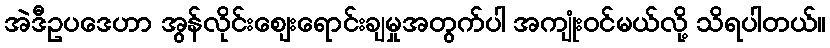
အဲဒီဥပဒေဟာ အွန်လိုင်းဈေးရောင်းချမှုအတွက်ပါ အကျုံးဝင်မယ်လို့ သိရပါတယ်။